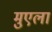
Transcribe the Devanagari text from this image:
मुएला